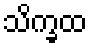
သိက္ခထ